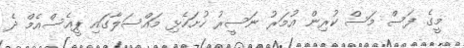
މީގެ ފަސް މަސް ކުރިން އުމަރު ނަސީރު ހުށަހެޅި މައްސަލާގައި ޕީއެސްއެމް ދެ